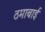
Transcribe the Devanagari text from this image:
ठमाबाई